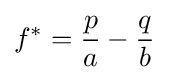
f^{*}={\frac {p}{a}}-{\frac {q}{b}}